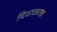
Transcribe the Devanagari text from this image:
दिवाळ्यात